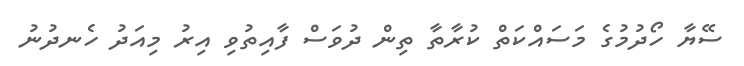
ސޭޔާާ ހޯދުމުގެ މަސައްކަތް ކުރާތާ ތިން ދުވަސް ފާއިތުވި އިރު މިއަދު ހެނދުނު